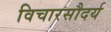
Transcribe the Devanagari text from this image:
विचारसौदर्य